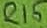
Text: R15